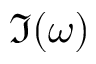
\Im ( \omega )